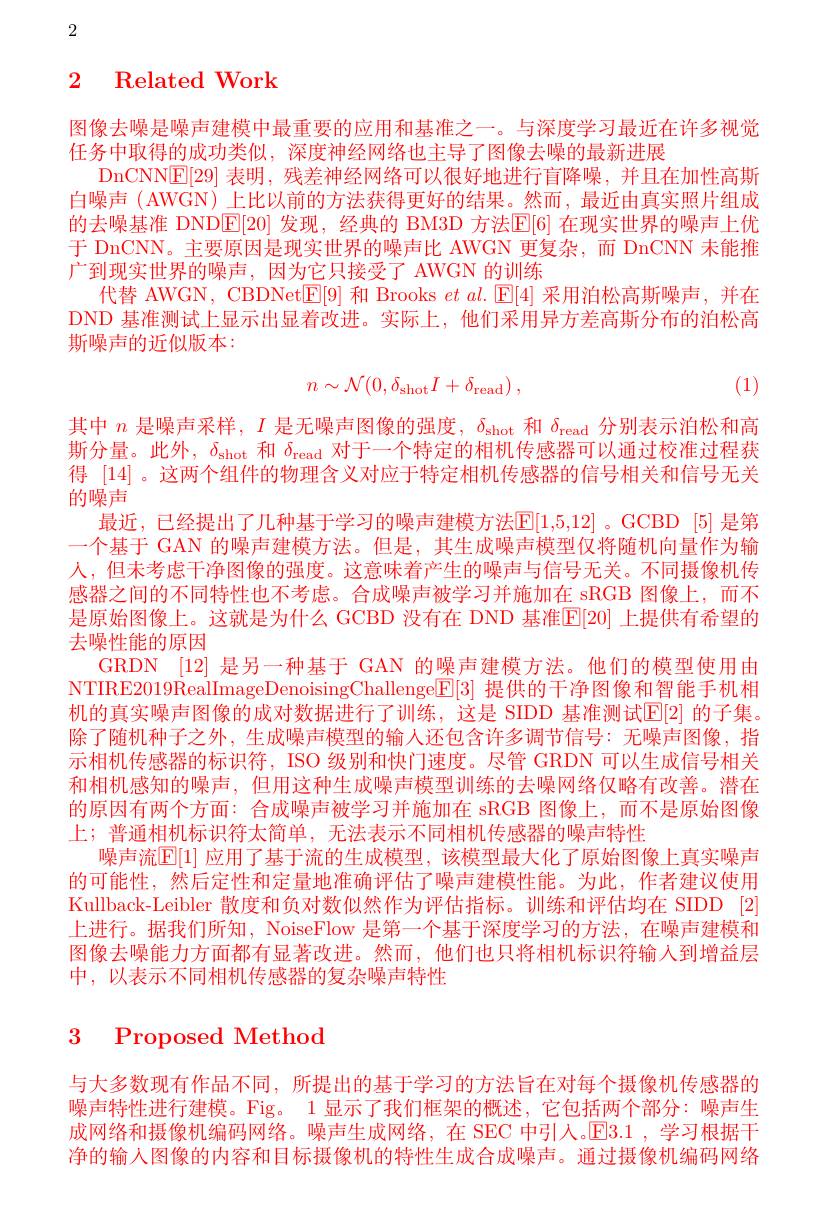
2

## $\begin{array}{ccc}2&\text{Related Work}\end{array}$

图像去噪是噪声建模中最重要的应用和基准之一。与深度学习最近在许多视觉
任务中取得的成功类似，深度神经网络也主导了图像去噪的最新进展
DnCNN[E[29]表明，残差神经网络可以很好地进行盲降噪，并且在加性高斯白噪声 (AWGN) 上比以前的方法获得更好的结果。然而，最近由真实照片组成的去噪基准 DND$\boxed{\mathrm{E}}$[20]发现，经典的 BM3D 方法$\boxed{\mathrm{E}}[6]$ 在现实世界的噪声上优于 DnCNN。主要原因是现实世界的噪声比 AWGN 更复杂，而 DnCNN 未能推广到现实世界的噪声，因为它只接受了 AWGN 的训练
代替 AWGN, CBDNet$\boxed{\mathrm{E}}[9]$和 Brooks $et\textit{al. E}[ 4]$采用泊松高斯噪声，并在DND 基准测试上显示出显着改进。实际上，他们采用异方差高斯分布的泊松高斯噪声的近似版本：
$$n\sim\mathcal{N}(0,\delta_\text{shot}I+\delta_\text{read})\:,$$
(1)

其中$n$是噪声采样，$I$是无噪声图像的强度，$\delta_\mathrm{shot}$和$\delta_\mathrm{read}$分别表示泊松和高斯分量。此外，$\delta_\mathrm{shot}$和$\delta_\mathrm{read}$对于一个特定的相机传感器可以通过校准过程获得[14]。这两个组件的物理含义对应于特定相机传感器的信号相关和信号无关的噪声
最近，已经提出了几种基于学习的噪声建模方法$\mathbb{E}[1,5,12]$ 。GCBD [5] 是第一个基于 GAN 的噪声建模方法。但是，其生成噪声模型仅将随机向量作为输人，但未考虑干净图像的强度。这意味着产生的噪声与信号无关。不同摄像机传感器之间的不同特性也不考虑。合成噪声被学习并施加在 sRGB 图像上，而不是原始图像上。这就是为什么 GCBD 没有在 DND 基准$\mathbb{E}[20]$ 上提供有希望的去噪性能的原因
GRDN [12] 是另一种基于 GAN 的噪声建模方法。他们的模型使用由NTIRE2019RealImageDenoisingChallenge$\mathbb{E}[3]$提供的干净图像和智能手机相机的真实噪声图像的成对数据进行了训练，这是 SIDD 基准测试$\mathbb{E}[2]$ 的子集。除了随机种子之外，生成噪声模型的输人还包含许多调节信号：无噪声图像，指示相机传感器的标识符，ISO 级别和快门速度。尽管 GRDN 可以生成信号相关和相机感知的噪声，但用这种生成噪声模型训练的去噪网络仅略有改善。潜在的原因有两个方面：合成噪声被学习并施加在 sRGB 图像上，而不是原始图像上；普通相机标识符太简单，无法表示不同相机传感器的噪声特性
噪声流$\mathbb{E}[1]$ 应用了基于流的生成模型，该模型最大化了原始图像上真实噪声的可能性，然后定性和定量地准确评估了噪声建模性能。为此，作者建议使用Kullback-Leibler 散度和负对数似然作为评估指标。训练和评估均在 SIDD [2] 上进行。据我们所知，NoiseFlow 是第一个基于深度学习的方法，在噪声建模和图像去噪能力方面都有显著改进。然而，他们也只将相机标识符输人到增益层中，以表示不同相机传感器的复杂噪声特性

3 Proposed Method

与大多数现有作品不同，所提出的基于学习的方法旨在对每个摄像机传感器的噪声特性进行建模。Fig。1 显示了我们框架的概述，它包括两个部分：噪声生成网络和摄像机编码网络。噪声生成网络，在 SEC 中引人。$\color{red}{\boxed{\mathrm{E}}}3.1$ ,学习根据干净的输人图像的内容和目标摄像机的特性生成合成噪声。通过摄像机编码网络